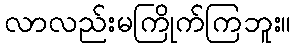
လာလည်းမကြိုက်ကြဘူး။